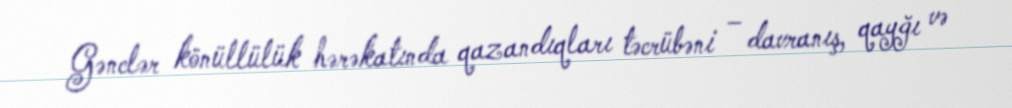
Gənclər könüllülük hərəkatında qazandıqları təcrübəni – davranış, qayğı və